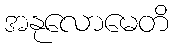
အနုလောမေတိ